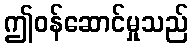
ဤဝန်ဆောင်မှုသည်